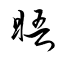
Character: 晤